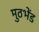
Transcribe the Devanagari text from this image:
मुठभेंड